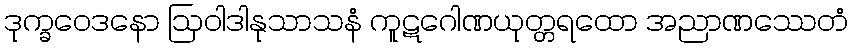
ဒုက္ခဝေဒနော ဩဝါဒါနုသာသနံ ကူဋဂေါဏယုတ္တရထော အညာဏဿေတံ